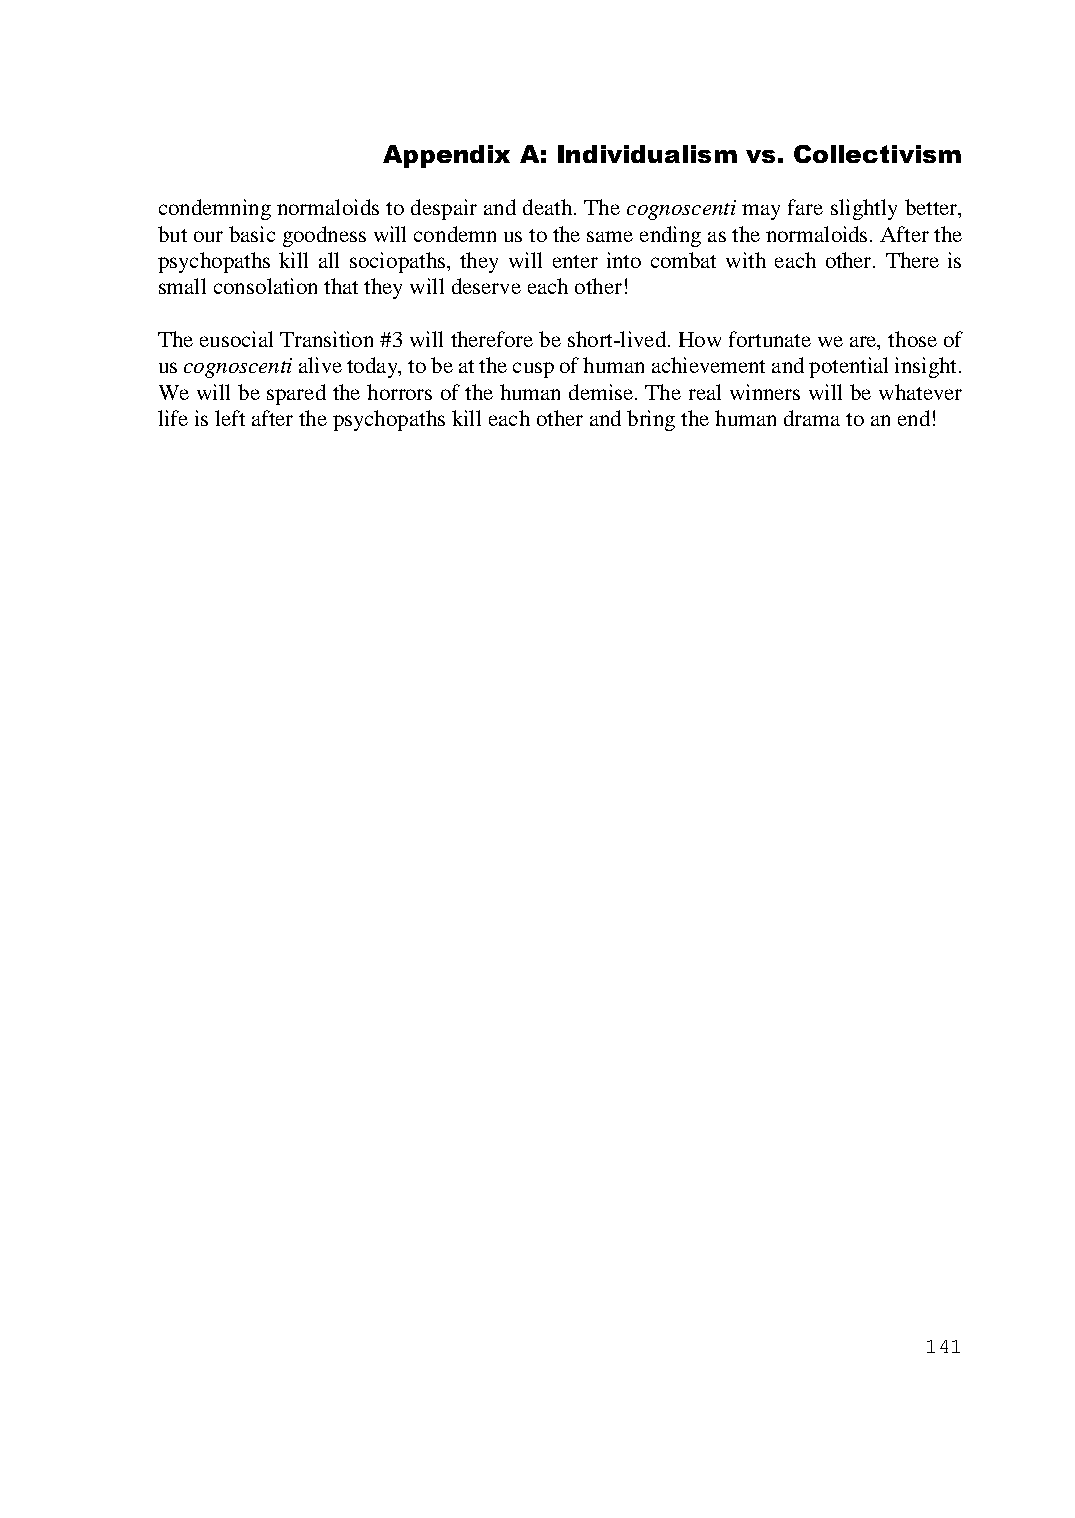
Appendix A: Individualism vs. Collectivism
 condemning normaloids to despair and death. The cognoscenti may fare slightly better,
 but our basic goodness will condemn us to the same ending as the normaloids. After the
 psychopaths kill all sociopaths, they will enter into combat with each other. There is
 small consolation that they will deserve each other!
 The eusocial Transition #3 will therefore be short-lived. How fortunate we are, those of
 us cognoscenti alive today, to be at the cusp of human achievement and potential insight.
 We will be spared the horrors of the human demise. The real winners will be whatever
 life is left after the psychopaths kill each other and bring the human drama to an end!
 141